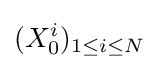
(X_{0}^{i})_{1\leq i\leq N}